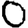
Digit: 0